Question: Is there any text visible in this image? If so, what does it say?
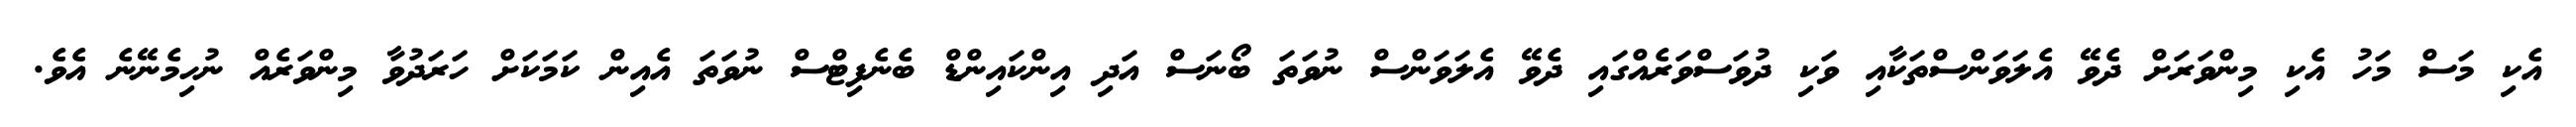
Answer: އެކި މަސް މަހު އެކި މިންވަރަށް ދެވޭ އެލަވަންސްތަކާއި ވަކި ދުވަސްވަރެއްގައި ދެވޭ އެލަވަންސް ނުވަތަ ބޯނަސް އަދި އިންކައިންޑް ބެނެފިޓްސް ނުވަތަ އެއިން ކަމަކަށް ހަރަދުވާ މިންވަރެއް ނުހިމެނޭނެ އެވެ.